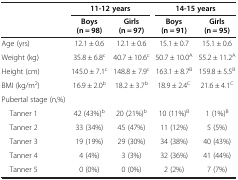
<table><thead><tr><td><b> </b></td><td colspan="2"><b>11-12 years</b></td><td colspan="2"><b>14-15 years</b></td></tr><tr><td><b> </b></td><td><b>Boys (n = 98)</b></td><td><b>Girls (n = 97)</b></td><td><b>Boys (n = 91)</b></td><td><b>Girls (n = 95)</b></td></tr></thead><tbody><tr><td>Age (yrs)</td><td>12.1 ± 0.6</td><td>12.1 ± 0.6</td><td>15.1 ± 0.7</td><td>15.1 ± 0.6</td></tr><tr><td>Weight (kg)</td><td>35.8 ± 6.8<sup>c</sup></td><td>40.7 ± 10.6<sup>c</sup></td><td>50.7 ± 10.0<sup>A</sup></td><td>55.2 ± 11.2<sup>A</sup></td></tr><tr><td>Height (cm)</td><td>145.0 ± 7.1<sup>c</sup></td><td>148.8 ± 7.9<sup>c</sup></td><td>163.1 ± 8.7<sup>B</sup></td><td>159.8 ± 5.5<sup>B</sup></td></tr><tr><td>BMI (kg/m<sup>2</sup>)</td><td>16.9 ± 2.0<sup>b</sup></td><td>18.2 ± 3.7<sup>b</sup></td><td>18.9 ± 2.4<sup>C</sup></td><td>21.6 ± 4.1<sup>C</sup></td></tr><tr><td>Pubertal stage (n,%)</td><td> </td><td> </td><td> </td><td> </td></tr><tr><td> Tanner 1</td><td>42 (43%)<sup>b</sup></td><td>20 (21%)<sup>b</sup></td><td>10 (11%)<sup>B</sup></td><td>1 (1%)<sup>B</sup></td></tr><tr><td> Tanner 2</td><td>33 (34%)</td><td>45 (47%)</td><td>11 (12%)</td><td>5 (5%)</td></tr><tr><td> Tanner 3</td><td>19 (19%)</td><td>29 (30%)</td><td>34 (38%)</td><td>40 (43%)</td></tr><tr><td> Tanner 4</td><td>4 (4%)</td><td>3 (3%)</td><td>32 (36%)</td><td>41 (44%)</td></tr><tr><td> Tanner 5</td><td>0 (0%)</td><td>0 (0%)</td><td>2 (2%)</td><td>7 (7%)</td></tr></tbody></table>